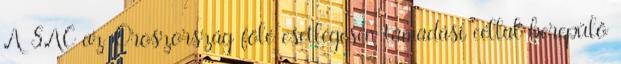
A SAC az Oroszország fölé esetlegesen támadási céllal berepülő